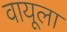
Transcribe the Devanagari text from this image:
वायूला